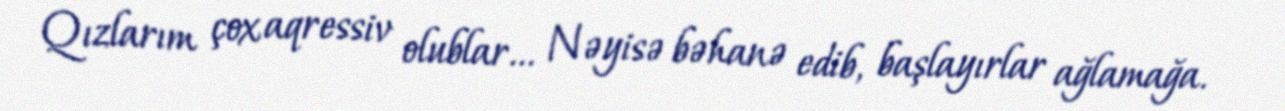
Qızlarım çox aqressiv olublar... Nəyisə bəhanə edib, başlayırlar ağlamağa.